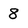
Character: 8